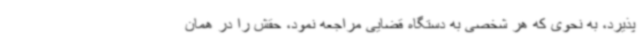
پذیرد، به نحوی که هر شخصی به دستگاه قضایی مراجعه نمود، حقش را در همان